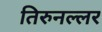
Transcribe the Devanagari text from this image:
तिरुनल्लर